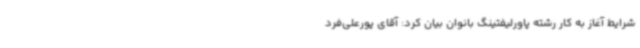
شرایط آغاز به کار رشته پاورلیفتینگ بانوان بیان کرد: آقای پورعلی‌فرد